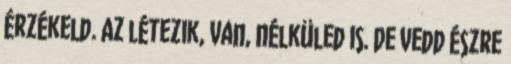
érzékeld. Az létezik, van, nélküled is. De vedd észre